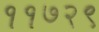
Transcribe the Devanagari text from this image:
११७२९